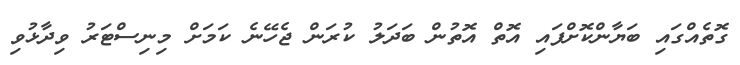
ގޮތެއްގައި ބަޔާންކޮށްފައި އޮތް އޮތުން ބަދަލު ކުރަން ޖެހޭނެ ކަމަށް މިނިސްޓަރު ވިދާޅުވި